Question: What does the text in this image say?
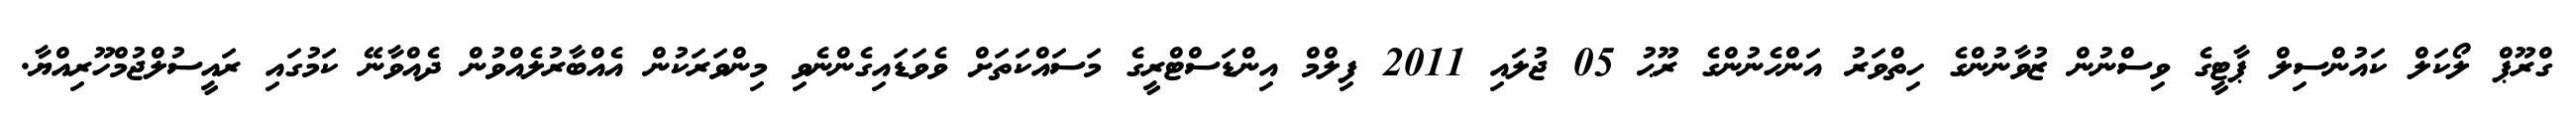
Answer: ގްރޫޕް ލޯކަލް ކައުންސިލް ޕާޓީގެ ވިސްނުން ޒުވާނުންގެ ހިތްވަރު އަންހެނުންގެ ރޫޙު 05 ޖުލައި 2011 ފިލްމް އިންޑަސްޓްރީގެ މަސައްކަތަށް ވެވަޑައިގެންނެވި މިންވަރަކުން އެއްބާރުލެއްވުން ދެއްވާނޭ ކަމުގައި ރައީސުލްޖުމްހޫރިއްޔާ.